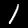
Digit: 1